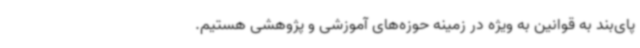
پای‌بند به قوانین به ویژه در زمینه حوزه‌های آموزشی و پژوهشی هستیم.